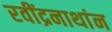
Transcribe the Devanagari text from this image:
रवींद्रनाथांन